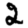
Digit: 2